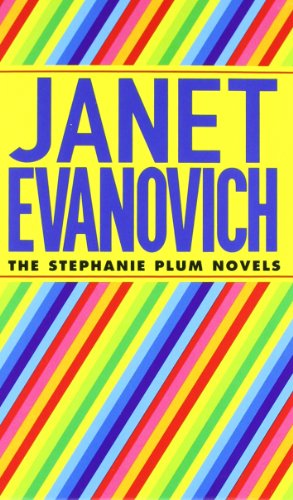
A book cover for Plum Boxed Set 1, Books 1-3 (One for the Money / Two for the Dough / Three to Get Deadly) (Stephanie Plum Novels); Janet Evanovich; Romance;